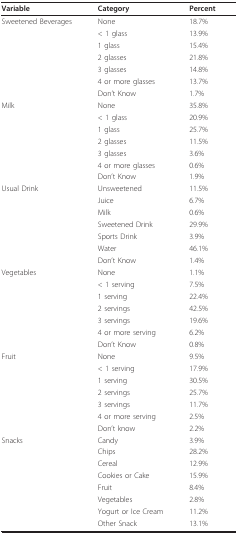
| Variable | Category | Percent |
 | --- | --- | --- |
 | Sweetened Beverages | None | 18.7% |
 |  | < 1 glass | 13.9% |
 |  | 1 glass | 15.4% |
 |  | 2 glasses | 21.8% |
 |  | 3 glasses | 14.8% |
 |  | 4 or more glasses | 13.7% |
 |  | Don't Know | 1.7% |
 | Milk | None | 35.8% |
 |  | < 1 glass | 20.9% |
 |  | 1 glass | 25.7% |
 |  | 2 glasses | 11.5% |
 |  | 3 glasses | 3.6% |
 |  | 4 or more glasses | 0.6% |
 |  | Don't Know | 1.9% |
 | Usual Drink | Unsweetened | 11.5% |
 |  | Juice | 6.7% |
 |  | Milk | 0.6% |
 |  | Sweetened Drink | 29.9% |
 |  | Sports Drink | 3.9% |
 |  | Water | 46.1% |
 |  | Don't Know | 1.4% |
 | Vegetables | None | 1.1% |
 |  | < 1 serving | 7.5% |
 |  | 1 serving | 22.4% |
 |  | 2 servings | 42.5% |
 |  | 3 servings | 19.6% |
 |  | 4 or more serving | 6.2% |
 |  | Don't Know | 0.8% |
 | Fruit | None | 9.5% |
 |  | < 1 serving | 17.9% |
 |  | 1 serving | 30.5% |
 |  | 2 servings | 25.7% |
 |  | 3 servings | 11.7% |
 |  | 4 or more serving | 2.5% |
 |  | Don't know | 2.2% |
 | Snacks | Candy | 3.9% |
 |  | Chips | 28.2% |
 |  | Cereal | 12.9% |
 |  | Cookies or Cake | 15.9% |
 |  | Fruit | 8.4% |
 |  | Vegetables | 2.8% |
 |  | Yogurt or Ice Cream | 11.2% |
 |  | Other Snack | 13.1% |